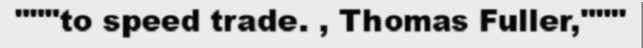
"""to speed trade. , Thomas Fuller,"""